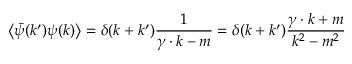
\left\langle { \bar { \psi } } ( k ^ { \prime } ) \psi ( k ) \right\rangle = \delta ( k + k ^ { \prime } ) { \frac { 1 } { \gamma \cdot k - m } } = \delta ( k + k ^ { \prime } ) { \frac { \gamma \cdot k + m } { k ^ { 2 } - m ^ { 2 } } }